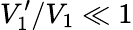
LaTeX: V_{1}^{\prime}/V_{1}\ll 1